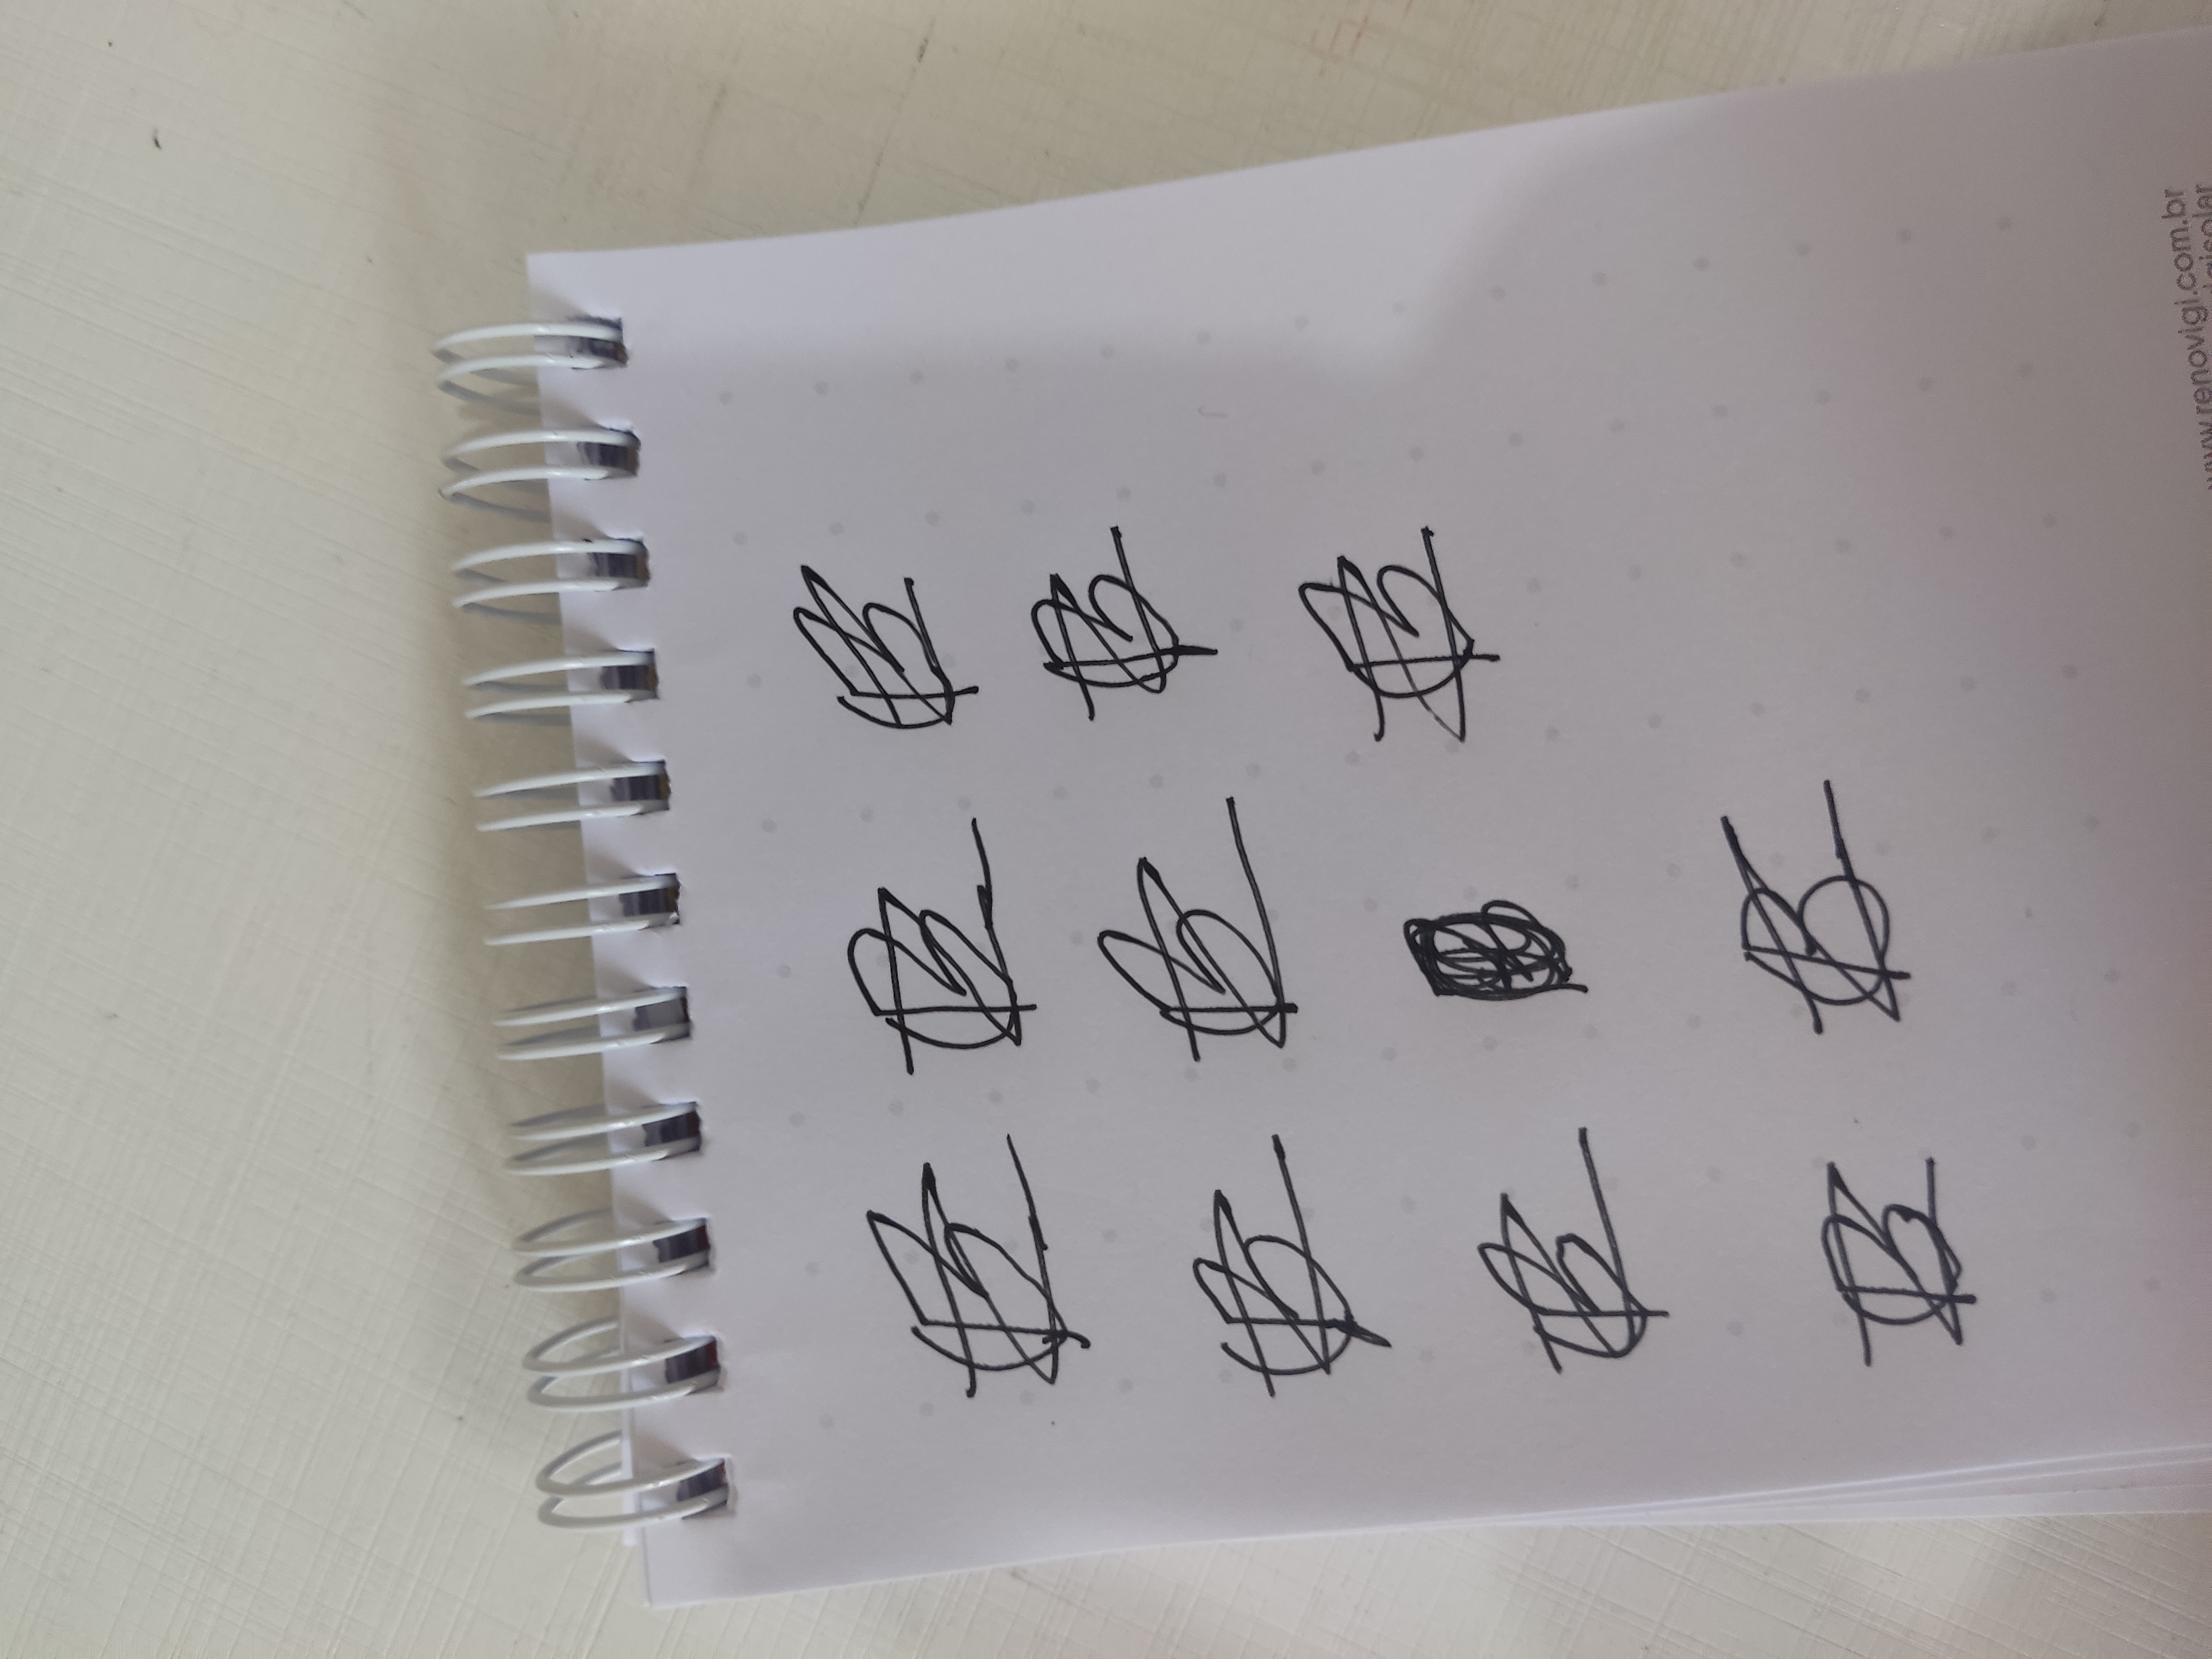
Signature authenticity: forged